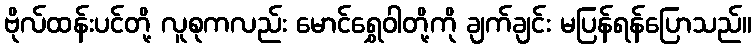
ဗိုလ်ထန်းပင်တို့ လူစုကလည်း မောင်ရွှေဝါတို့ကို ချက်ချင်း မပြန်ရန်ပြောသည်။